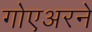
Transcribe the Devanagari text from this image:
गोएअरने